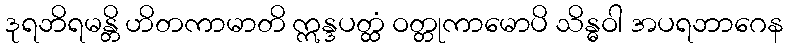
ဒုရဘိရမန္တိ ဟိတကာမာတိ ဣန္ဒပတ္ထံ ဝတ္တုကာမောပိ သိန္ဓဝါ အပရဘာဂေန